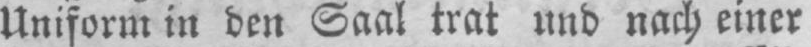
Uniform in den Saal trat und nach einer